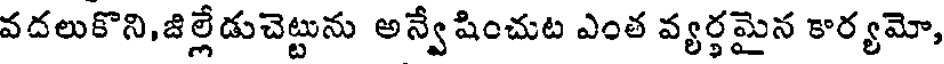
వదలుకొని,జిల్లేడుచెట్టును అన్వేషించుట ఎంత వ్యర్థమైన కార్యమో,